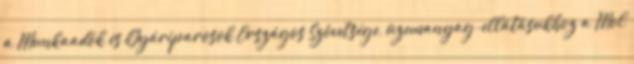
a Munkaadók és Gyáriparosok Országos Szövetsége, üzemanyag-ellátásukhoz a Mol